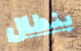
بنطال